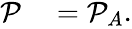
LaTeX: \begin{array}{rl}{\mathcal{P}}&{{}=\mathcal{P}_{A}.}\end{array}